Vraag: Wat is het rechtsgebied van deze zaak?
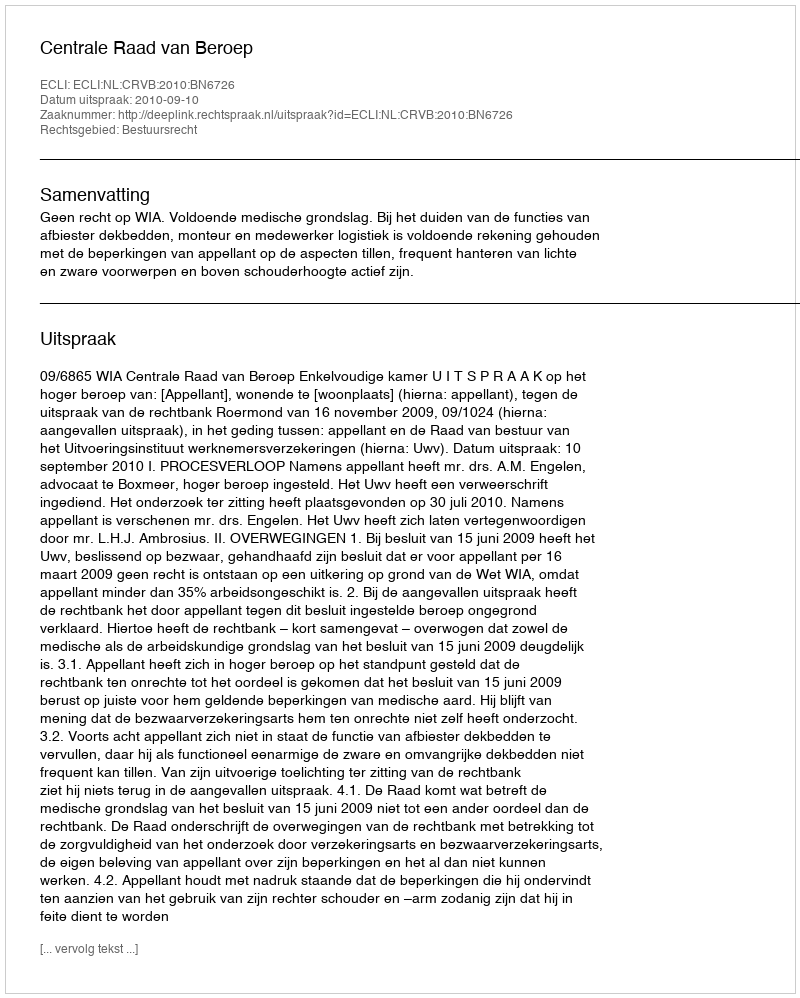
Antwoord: Bestuursrecht